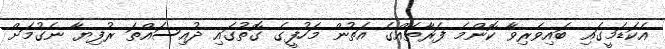
އެކަޑަމީގައި ބައިވެރިވާ ކޮންމެ ފަރާތެއްގެ އަތުން މަހުފީގެ ގޮތުގައި ދުއިސައްތަ ރުފިޔާ ނެގުމަށް